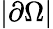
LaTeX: |\partial\Omega|